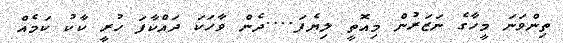
ތިންވަނަ މީހާގެ ނަޒަރުން މިއޮތީ ލިޔެފަ....ދެން ވާހަކަ ދައްކާފަ ހުރީ ކާކު ކަމެއް